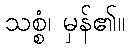
သစ္စံ၊ မှန်၏။